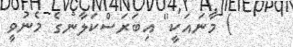
) މާނައަކީ" އިބަރަސްކަލާނގެ މެނުވީ